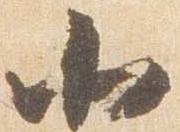
北